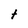
Character: t